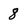
Character: 8